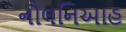
નૌલનિઆહ